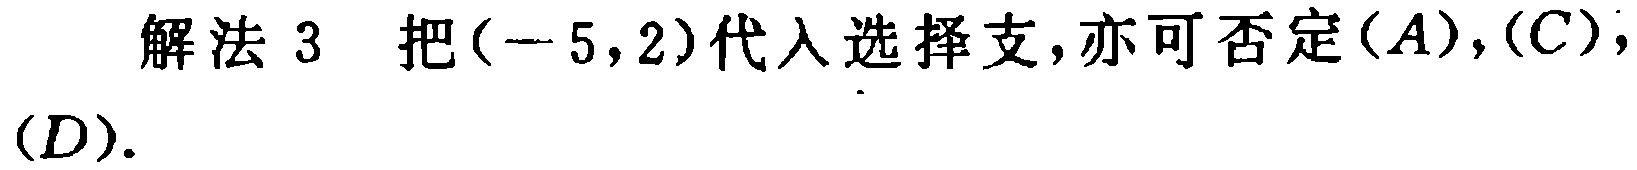
解法 3 把\((-5,2)\)代入选择支,亦可否定\((A),(C)\),\((D)\).